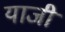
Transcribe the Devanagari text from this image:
याजी